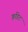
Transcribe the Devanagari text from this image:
क्रडिट